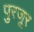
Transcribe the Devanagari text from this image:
पुरजूर